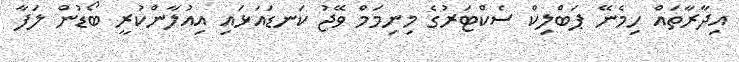
އިދާރާތައް ހިމެނޭ ޕަބްލިކް ސެކްޓަރުގެ މިނިމަމް ވޭޖު ކަނޑައަޅައި އިއުލާންކުރީ ބޯޑުން ލަފާ